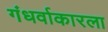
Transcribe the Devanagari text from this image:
गंधर्वाकारला